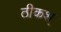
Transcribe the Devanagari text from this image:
ठीकश्